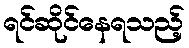
ရင်ဆိုင်နေရသည့်